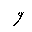
Letter: _waw